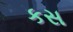
કસ